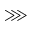
\ggg